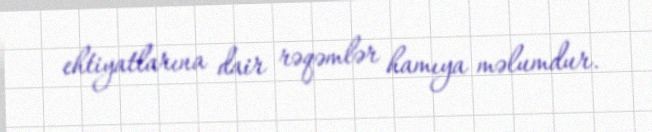
ehtiyatlarına dair rəqəmlər hamıya məlumdur.